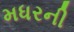
મધરની